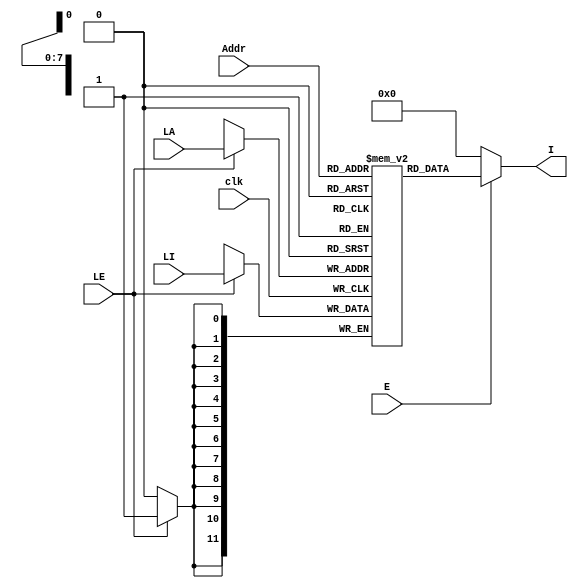
// Verilog project: Verilog code for microcontroller
module PMem( input clk,
   input E, // Enable port
  input [7:0] Addr, // Address port
  output [11:0] I, // Instruction port
  // 3 special ports are used to load program to the memory
  input LE, // Load enable port 
  input[7:0] LA, // Load address port
  input [11:0] LI//Load instruction port
   );
 reg [11:0] Prog_Mem[255:0] ;
// fpga4student.com: FPGA project, Verilog project, VHDL project 
always @(posedge clk)
 begin
 if(LE == 1) begin
 Prog_Mem[LA] <= LI;
 end
 end
 assign I =  (E == 1) ?  Prog_Mem[Addr]: 0 ;
endmodule
module adder( input [7:0] In,
      output [7:0] Out
    );

assign Out = In + 1;

endmodule
module MUX1( input [7:0] In1,In2,
     input Sel,
     output [7:0] Out
    );

assign Out = (Sel==1)? In1: In2;
endmodule